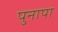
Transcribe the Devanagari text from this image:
पुनापा